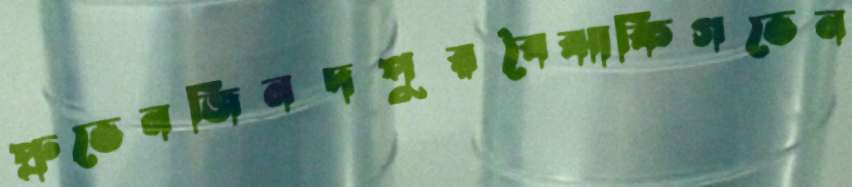
প্রুভেনজিনদপুরবৈঝাকিগভেন